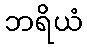
ဘရိယံ